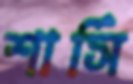
শার্সি